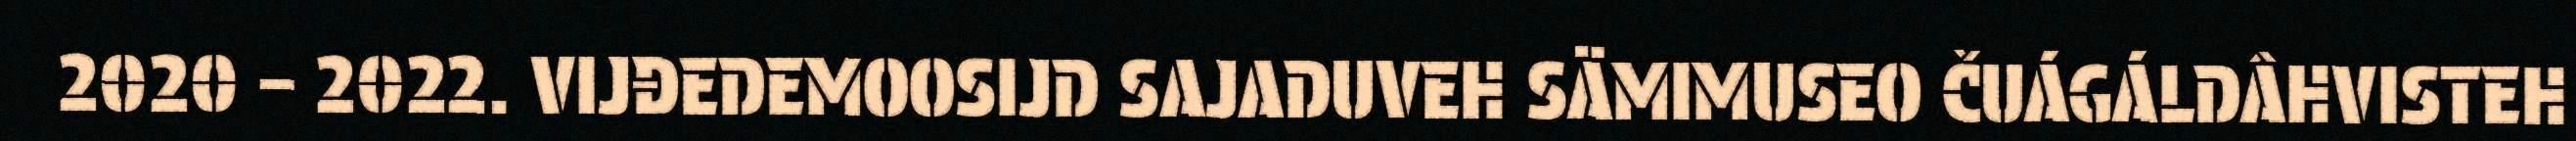
2020 – 2022. VIJĐEDEMOOSIJD SAJADUVEH SÄMIMUSEO ČUÁGÁLDÂHVISTEH